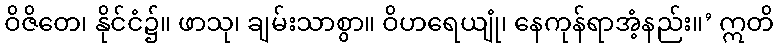
ဝိဇိတေ၊ နိုင်ငံ၌။ ဖာသု၊ ချမ်းသာစွာ။ ဝိဟရေယျုံ၊ နေကုန်ရာအံ့နည်း။’ ဣတိ